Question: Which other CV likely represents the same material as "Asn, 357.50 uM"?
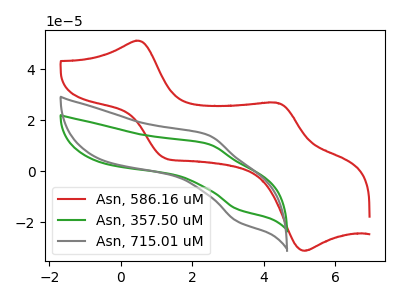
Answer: <think>The red curve "Asn, 586.16 uM" has anodic peaks at (0.50V, 51.25uA) (4.35V, 27.00uA) and cathodic peaks at (1.20V, 5.30uA) (5.10V, -31.05uA). The green curve "Asn, 357.50 uM" has an anodic peak at (2.45V, 10.80uA) and a cathodic peak at (3.25V, -14.75uA). The gray curve "Asn, 715.01 uM" has an anodic peak at (2.45V, 14.30uA) and a cathodic peak at (3.25V, -19.55uA).
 "Asn, 586.16 uM" and "Asn, 357.50 uM" have a different number of peaks. "Asn, 586.16 uM" and "Asn, 715.01 uM" have a different number of peaks. All the peaks in "Asn, 357.50 uM" have a peak in "Asn, 715.01 uM" at the same potential. Every peak in "Asn, 357.50 uM" is lower than every peak in "Asn, 715.01 uM".</think>
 <answer>The CV with the most similar shape to "Asn, 715.01 uM" is "Asn, 357.50 uM".</answer>
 <eval>"Asn, 357.50 uM"</eval>